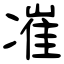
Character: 凗